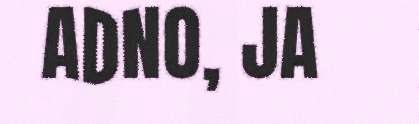
ADNO, JA